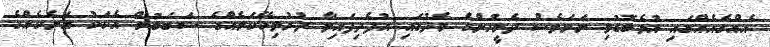
އެއްގެއެއްގައި އުޅެބޮޑުވި ނަމަވެސް ދެމީހުންގެ މެދުގައި އުފެދިފައިވާ ދުރުލިހޭކަމެއްގެ ސަބަބުން އެކަކު އަނެކެއްގެ